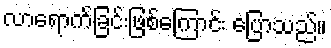
လာရောက်ခြင်းဖြစ်ကြောင်း ပြောသည်။